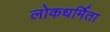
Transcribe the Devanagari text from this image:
लोकधर्मिता